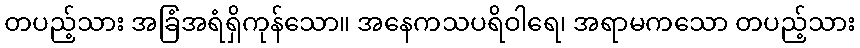
တပည့်သား အခြံအရံရှိကုန်သော။ အနေကသပရိဝါရေ၊ အရာမကသော တပည့်သား